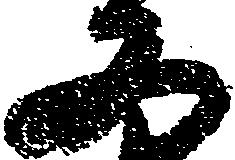
又